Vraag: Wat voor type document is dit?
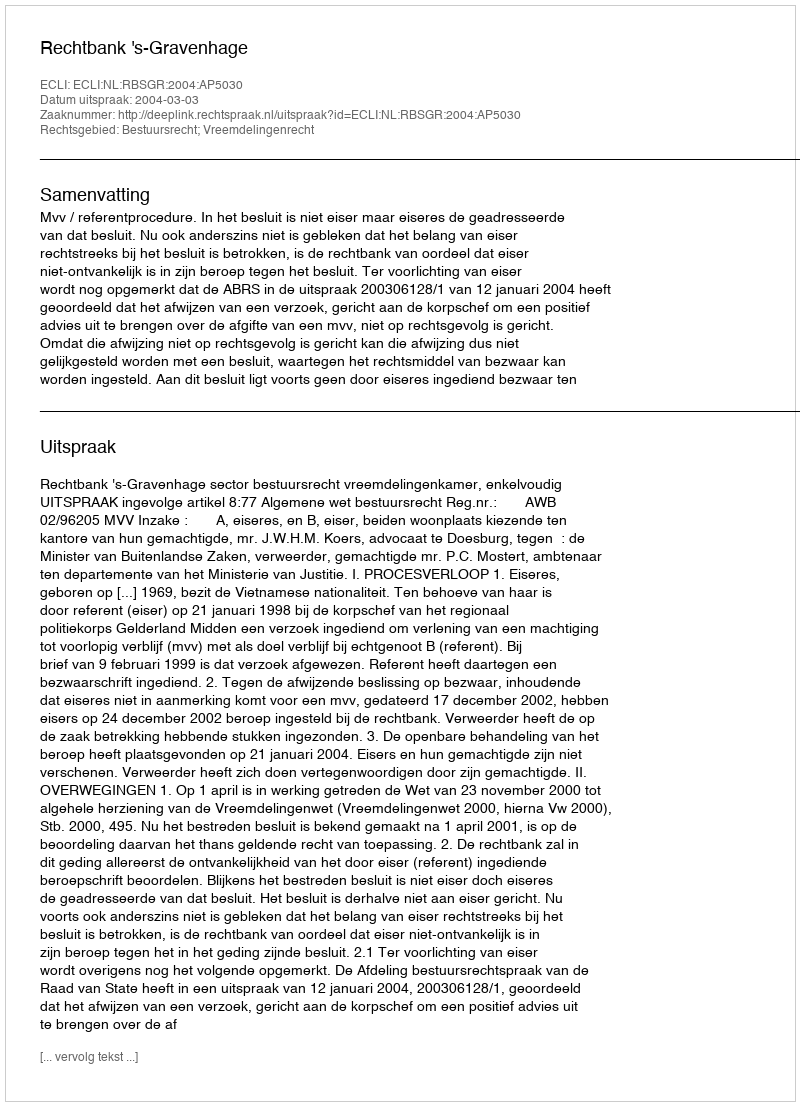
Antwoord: Uitspraak